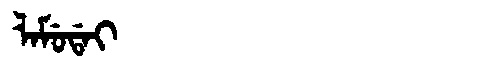
Manchu: ᠯᠠᠮᡠᡩᠠᡳ
Romanization: LAMUDAI